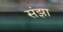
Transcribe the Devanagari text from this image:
संझा